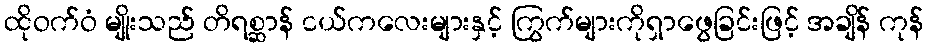
ထိုဝက်ဝံ မျိုးသည် တိရစ္ဆာန် ငယ်ကလေးများနှင့် ကြွက်များကိုရှာဖွေခြင်းဖြင့် အချိန် ကုန်